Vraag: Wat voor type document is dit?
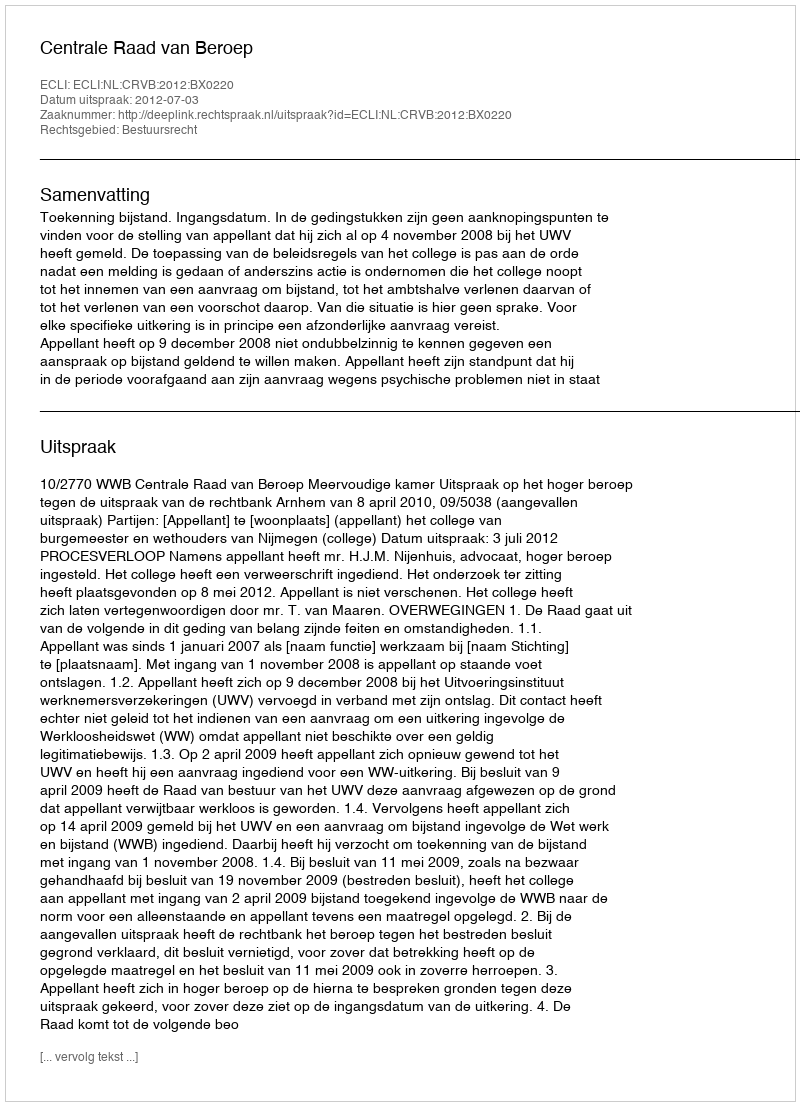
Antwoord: Uitspraak